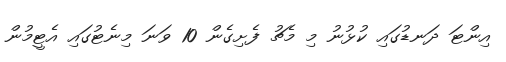
އިންޓަ ދަނޑުގައި ކުޅުނު މި މެޗު ފެށިގެން 10 ވަނަ މިނެޓުގައި އެޓީމުން